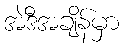
အဲဒီအချိန်မှာ